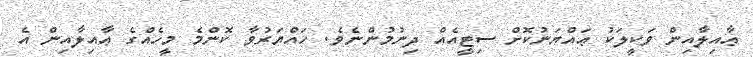
ޢާއިލާއިން ވަކީލަކު ޢައްޔަނުކޮށް ސިޓީއެއް ދިނުމުންނެވެ. ހައްޔަރުވާ ކޮންމެ މީހެއްގެ ޢާއިލާއިން އެ